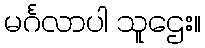
မင်္ဂလာပါ သူဌေး။